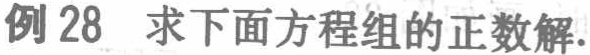
例28 求下面方程组的正数解.